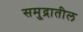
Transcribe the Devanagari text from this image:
समु्द्रातील